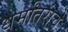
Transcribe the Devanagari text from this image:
धर्मांतरांचे